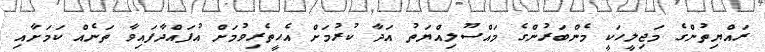
ރައްޔިތުންގެ މަޖިލީހަކީ މެންބަރުންގެ މައްސޫލިއްޔަތު އަދާ ކުރުމަށް އެހީތެރިވުމަށް އުފައްދާފައިވާ ތަނެއް ކަމަށާއި